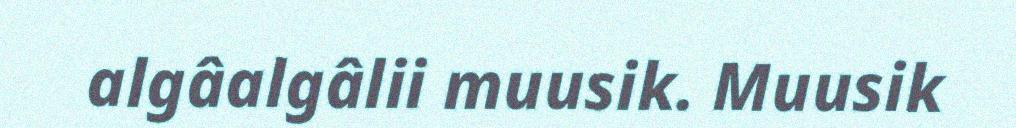
algâalgâlii muusik. Muusik